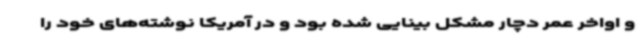
و اواخر عمر دچار مشکل بینایی شده بود و در آمریکا نوشته‌های خود را